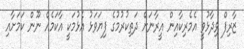
ޒާރިފް ވިދާޅުވީ އެމެރިކާއިން އީރާނަށް ދަތިކުރުމުގެ ފިޔަވަޅު އެޅުމަކީ އާކަމެއް ނޫން ކަމަށާއި